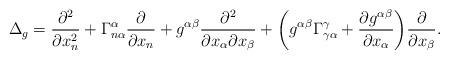
LaTeX: \begin{align*} \Delta_g & = \frac{\partial^2 }{\partial x_n^2} + \Gamma^\alpha_{n\alpha} \frac{\partial }{\partial x_n} + g^{\alpha\beta} \frac{\partial^2}{\partial x_\alpha\partial x_\beta} + \biggl( g^{\alpha\beta} \Gamma^\gamma_{\gamma\alpha} + \frac{\partial g^{\alpha\beta}}{\partial x_\alpha} \biggr) \frac{\partial }{\partial x_\beta}.\end{align*}